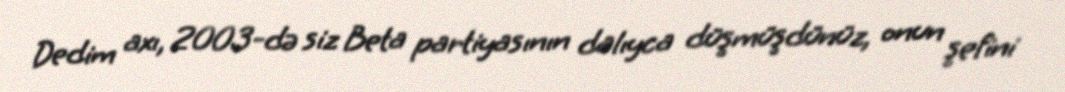
Dedim axı, 2003-də siz Beta partiyasının dalıyca düşmüşdünüz, onun şefini